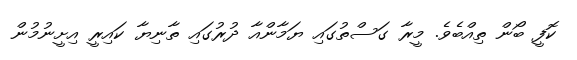
ކޮފީ ބޯން ތިއްބެވެ. މީރާ ގަސްތުގައި ޔަމާންއާ ދުރުގައި ތާނިޔާ ކައިރީ އިށީނުމުން